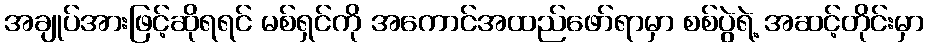
အချုပ်အားဖြင့်ဆိုရရင် မစ်ရှင်ကို အကောင်အထည်ဖော်ရာမှာ စစ်ပွဲရဲ့ အဆင့်တိုင်းမှာ